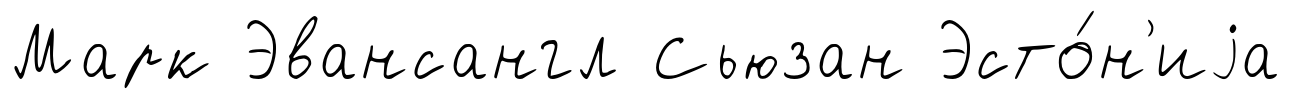
Марк Эвансангл Сьюзан Эсто́н'иjа